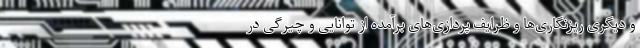
و دیگری ریزنگاری‌ها و ظرایف پردازی‌های برآمده از توانایی و چیرگی در